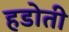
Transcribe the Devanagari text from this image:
हडोती